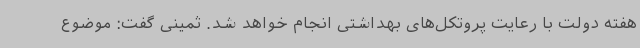
هفته دولت با رعایت پروتکل‌های بهداشتی انجام خواهد شد. ثمینی گفت: موضوع